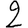
Digit: 2